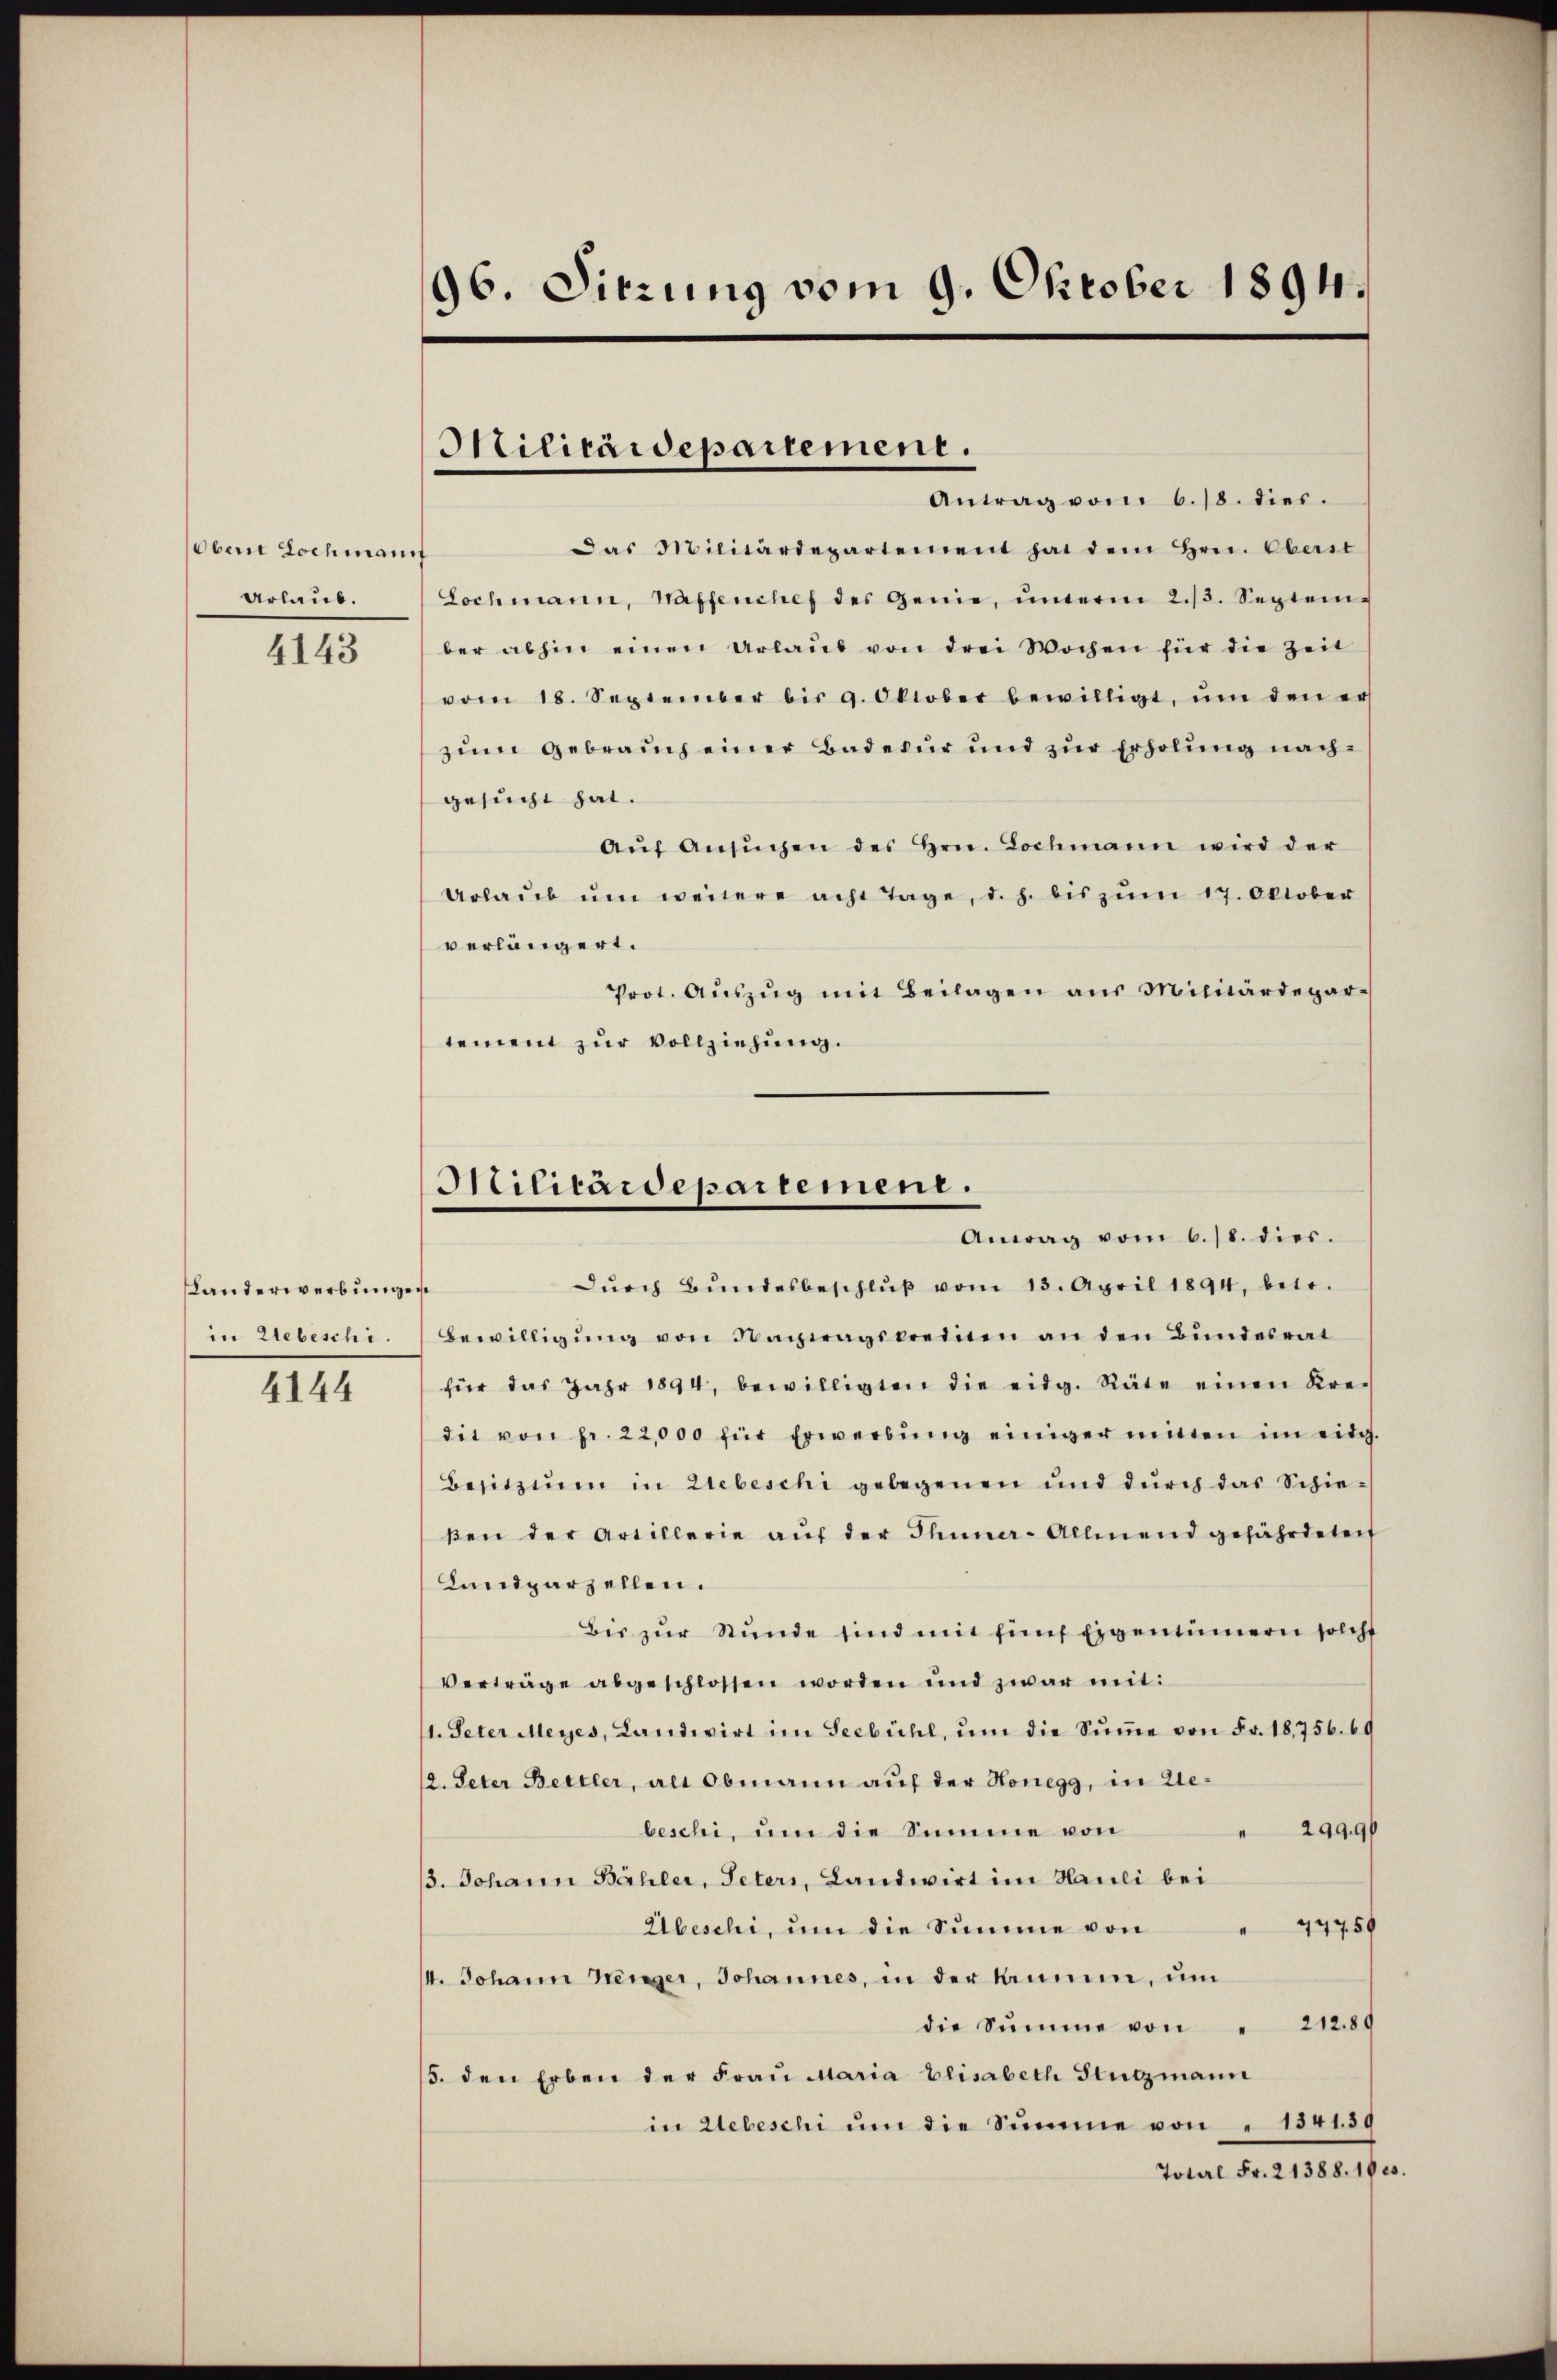
(obene Lochmann
Urlaub.

4143

Landerwerbunge
in Uebeschi.

4144

96. Sitzung vom 9. Oktober 1894.

Militärdepartement.

Antrag vom 6. 18. dies.
Das Militärdepartement hat dem Hrn. Oberst
Lochmann, Waffenches des Genie, unterm 2./3. September abhin einen Urlaŭb von drei Wochen für die Zeit
vom 18. September bis 9. Oktober bewilligt, ŭm den er
zum Gebrauch einer Badetur und zur Erholung nachgesucht hat.
Aŭf Ansŭchen des Hrn. Lochmann wird der
Urlaŭb ŭm weitere acht Tage, d. h. bis zŭm 17. Oktober
verlängert.
Prot. Aŭszŭg mit Beilagen aus Militärdepar-
tement zur Vollziehung.
durch Bundesbeschluß vom 13. April 1894, betr.
de
Bewilligung von Nachnagskreinen an den Bundesrat
für das Jahr 1894, bewilligten die eidg. Räte einen Kre-
die von fr. 22,000 für Erwerbŭng einiger mitten im eidg.
Besitzen in Liebeschi gelegenen und dŭrch das Schie-
βen der Artillerie aŭf der Thuner-Allmend gefährdetei
Landparzellen.
Bis zŭr Stunde sind mit fünf Eigentümern solche
Verträge abgeschlossen worden und zwar mit:
1. Peter Meyes, Landwirt im Seebühl, ŭm die Sŭṁe von Fr. 18,756. 69
2. Peter Bettler, als Obmann auf der Honegg, in Gebeschi, um die Summe von
 2999
13. Johann Bähler, Peters, Landwirt im Hauli bei
" 47759
Übeschi, um die Summe von
14. Johann hänger, Johannes, in der Kumme, um
die Summe von " 21280
5. den Erben der Frau Maria Elisabeth Stutzmann
in Webeschi ŭm die Sŭmme von " 184130
Total Fr. 21388. 19 es.

Htilitärdepartemene.
Antag vom 6. 18. dies.